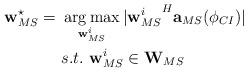
LaTeX: \begin{align*} \textbf{w}_{MS}^\star =\ &\operatorname*{arg\,max}_{\textbf{w}_{MS}^i} |{\textbf{w}_{MS}^i}^H\textbf{a}_{MS}(\phi_{CI})| \\ &s.t.\ {\textbf{w}_{MS}^i} \in \textbf{W}_{MS} \end{align*}